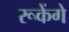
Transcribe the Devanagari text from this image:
रूकेंगे